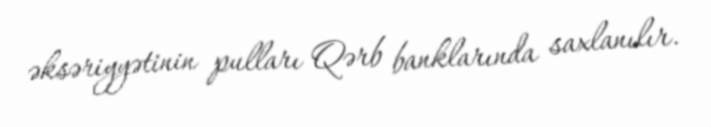
əksəriyyətinin pulları Qərb banklarında saxlanılır.